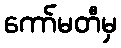
ကော်မတီမှ